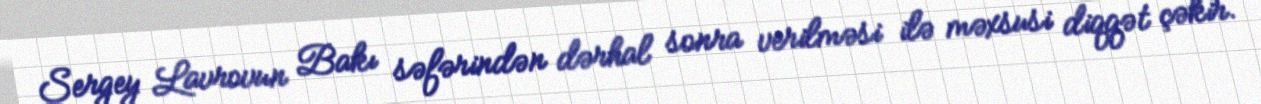
Sergey Lavrovun Bakı səfərindən dərhal sonra verilməsi ilə məxsusi diqqət çəkir.